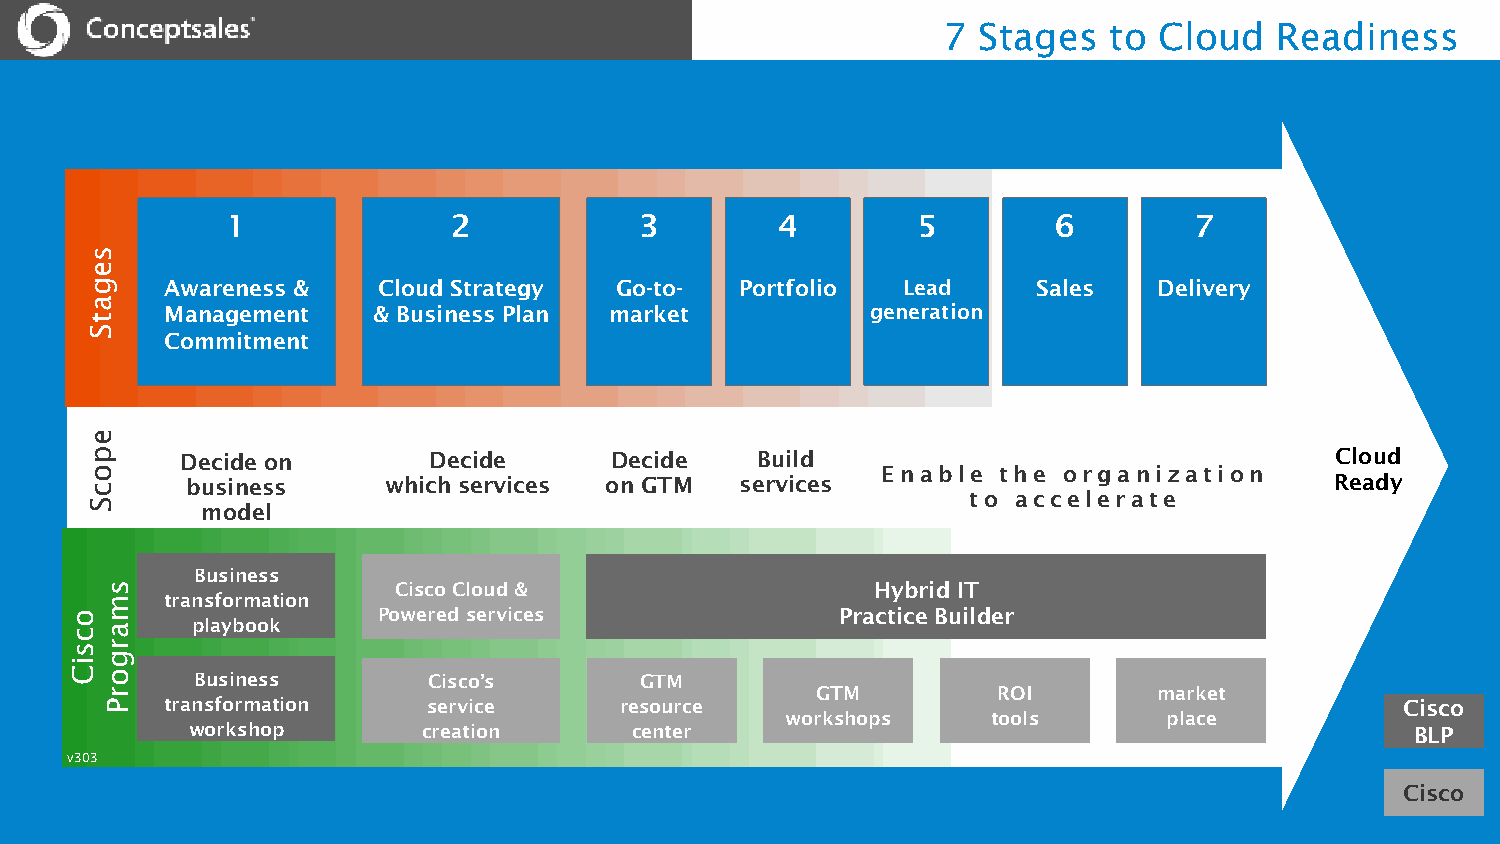
7  Stages  to  Cloud   Readiness
 1              2           3        4         5        6        7
 s
 e
 g    Awareness &   Cloud Strategy  Go-to-  Portfolio  Lead     Sales   Delivery
 a
 Management    & Business Plan market           generation
 t
 S
 Commitment
 e
 p     Decide on       Decide      Decide    Build                                 Cloud
 o                                                   Enable  the organization
 c     business     which services on GTM   services                               Ready
 to accelerate
 S      model
 Business
 s                  Cisco Cloud &                   Hybrid IT
 m   transformation
 o                   Powered services               Practice Builder
 ca      playbook
 sr
 ig
 Co
 Business       Cisco’s       GTM
 r                                              GTM         ROI        market
 P   transformation   service      resource                                            Cisco
 workshops     tools      place
 workshop        creation      center                                              BLP
 v303
 Cisco